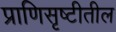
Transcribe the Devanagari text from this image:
प्राणिसृष्टीतील